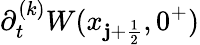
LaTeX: \partial_{t}^{(k)}W(x_{\mathbf{j}+\frac{{1}}{{2}}},0^{+})